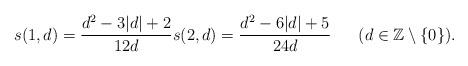
LaTeX: \begin{align*}s(1,d)=\frac{d^2-3\vert d\vert +2}{12d} s(2,d)=\frac{d^2-6\vert d\vert +5}{24d}\ \ \ \ \ (d\in {\mathbb Z}\setminus\{0\}).\end{align*}